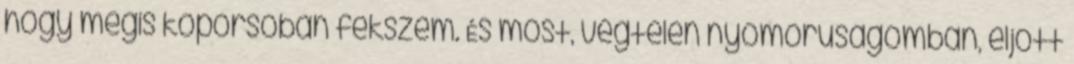
hogy mégis koporsóban fekszem. És most, végtelen nyomorúságomban, eljött